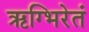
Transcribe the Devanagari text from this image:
ऋग्भिरेतं